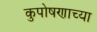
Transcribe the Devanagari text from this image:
कुपोषणाच्या